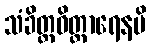
သံခိတ္တဝိတ္ထာရေနပိ